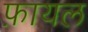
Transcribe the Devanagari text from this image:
फ़ायल